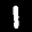
Label: 1